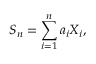
S _ { n } = \sum _ { i = 1 } ^ { n } a _ { i } X _ { i } , \,